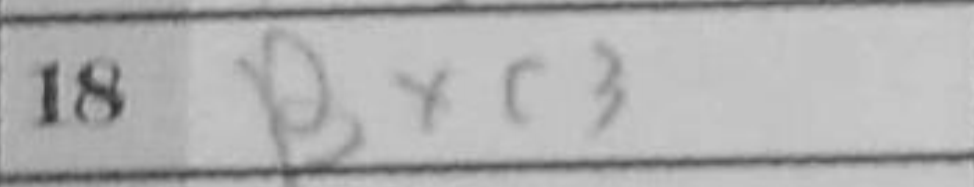
Transcription: Bxc3